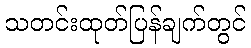
သတင်းထုတ်ပြန်ချက်တွင်